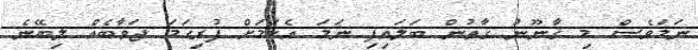
ނަމަވެސް މި ޤާނޫނު ގާތުން ބަލައިފި ނަމަ އެކަމަށް ފުރިހަމަ ޖަވާބެއް ލިބޭނެ